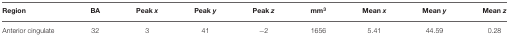
| Region | BA | Peak x | Peak y | Peak z | mm3 | Mean x | Mean y | Mean z |
 | --- | --- | --- | --- | --- | --- | --- | --- | --- |
 | Anterior cingulate | 32 | 3 | 41 | −2 | 1656 | 5.41 | 44.59 | 0.28 |